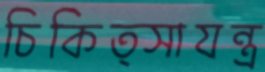
চিকিত্সাযন্ত্র